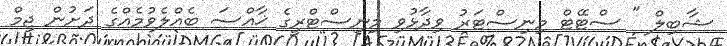
ޝާބިލް " ސްޓޭޓް މިނިސްޓަރު ވިދާޅުވި މިނިސްޓްރީގެ ޚާއްސަ ބެއްލެވުމެއްގެ ދަށުން ޖިމް